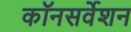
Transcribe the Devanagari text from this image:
कॉनसर्वेशन